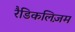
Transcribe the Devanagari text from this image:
रैडिकलिज़म